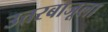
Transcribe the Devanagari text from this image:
उत्तरबाजूला